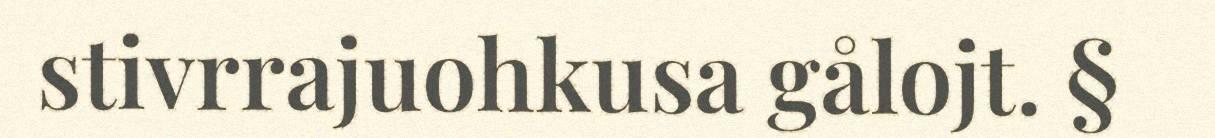
stivrrajuohkusa gålojt. §